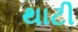
થાટી